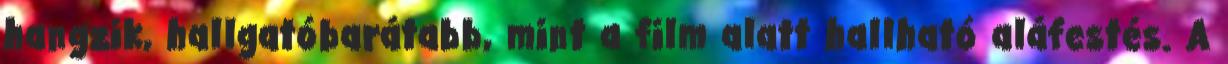
hangzik, hallgatóbarátabb, mint a film alatt hallható aláfestés. A